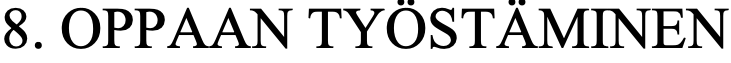
8. OPPAAN TYÖSTÄMINEN